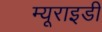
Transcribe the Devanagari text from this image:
म्यूराइडी